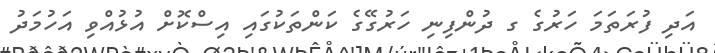
އަދި ފުރަތަމަ ހަރުގެ ގ ދުންފިނި ހަރުގޭގެ ކަންތަކުގައި އިސްކޮށް އުޅުއްވި އަހުމަދު